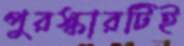
পুরস্কারটিই